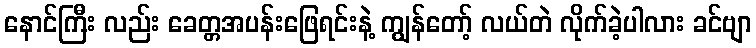
နောင်ကြီး လည်း ခေတ္တအပန်းဖြေရင်းနဲ့ ကျွန်တော့် လယ်တဲ လိုက်ခဲ့ပါလား ခင်ဗျာ